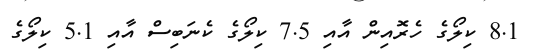
8.1 ކިލޯގެ ހެރޮއިން އާއި 7.5 ކިލޯގެ ކެނަބިސް އާއި 5.1 ކިލޯގެ